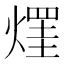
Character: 𤌒